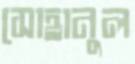
সোহানুল